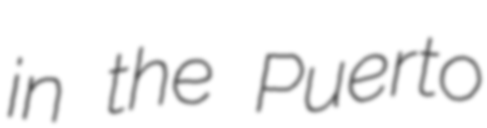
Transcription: in the Puerto